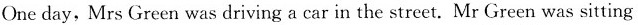
Oneday,Mrs Green was driving a car in the street. Mr Green was sitting